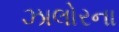
ઝાલોરના